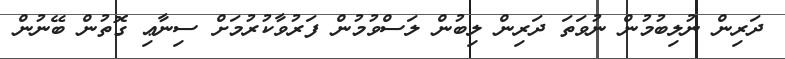
ދަރިން ނުލިބުމުން ނުވަތަ ދަރިން ލިބުން ލަސްވުމުން ފަރުވާކުރުމަށް ސިނާޢި ގޮތުން ބޭނުން